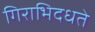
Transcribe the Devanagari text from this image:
गिराभिदधते